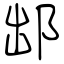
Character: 䢺